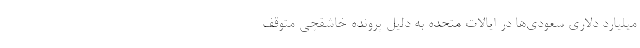
میلیارد دلاری سعودی‌ها در ایالات متحده به دلیل پرونده‌ خاشقچی متوقف